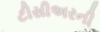
ટીસીઅરની